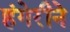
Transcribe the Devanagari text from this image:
हंगेरीने